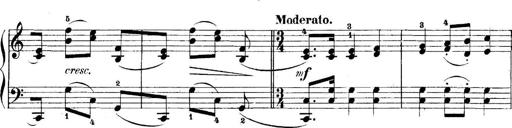
Title: 5 Sonatinas
Composer: Theodor Kirchner